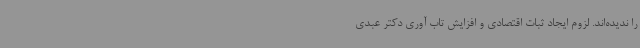
را ندیده‌اند. لزوم ایجاد ثبات اقتصادی و افزایش تاب آوری دکتر عبدی